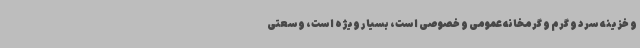
و خزینه سرد و گرم و گرمخانه عمومی و خصوصی است، بسیار ویژه است، وسعتی